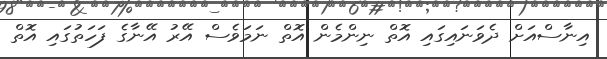
އިނާސްއަށް ދެވަނަައިގައި އޮތް ނިންމެން އޮތް ނަމަވެސް އޭރު އޭނާގެ ފަހަތުގައި އޮތް